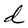
Character: d